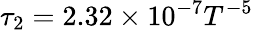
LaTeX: \tau_{2}=2.32\times 10^{-7}T^{-5}